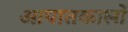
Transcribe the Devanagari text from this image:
आपातकालों